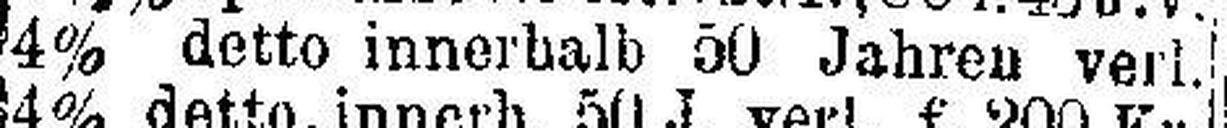
4% detto innerhalb 50 Jahren verl.